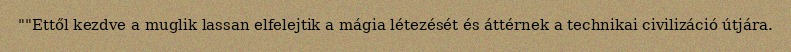
""Ettől kezdve a muglik lassan elfelejtik a mágia létezését és áttérnek a technikai civilizáció útjára.